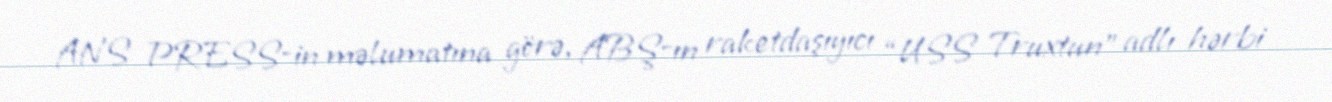
ANS PRESS-in məlumatına görə, ABŞ-ın raketdaşıyıcı “USS Truxtun” adlı hərbi